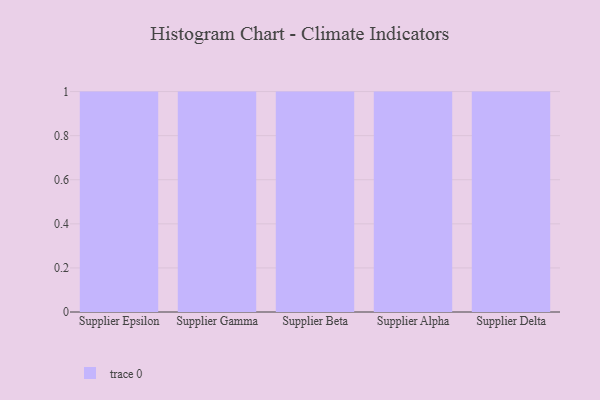
{"axis": {"x": "Supplier", "y": "Satisfaction Score"}, "legend": [""], "data": [{"x": "Supplier Epsilon", "y": 28, "type": ""}, {"x": "Supplier Gamma", "y": 94, "type": ""}, {"x": "Supplier Beta", "y": 11, "type": ""}, {"x": "Supplier Alpha", "y": 26, "type": ""}, {"x": "Supplier Delta", "y": 73, "type": ""}]}